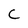
Character: C